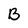
Character: B